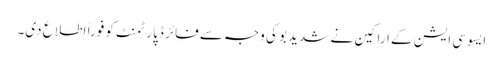
ایسوسی ایشن کے اراکین نے شدید بو کی وجہ سے فائر ڈپارٹمنٹ کو فوراً اطلاع دی۔